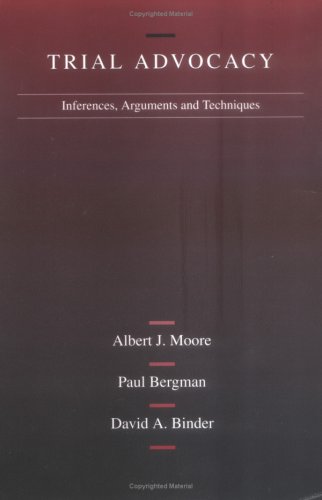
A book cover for Moore, Bergman and Binder's Trial Advocacy: Inferences, Arguments and Trial Techniques (American Casebook Series); Albert Moore; Law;